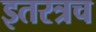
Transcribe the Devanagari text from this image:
इतरत्रच